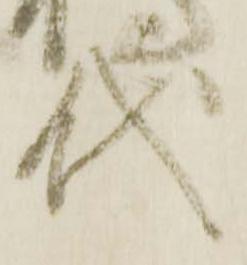
代